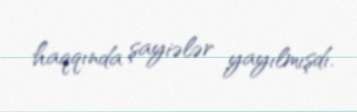
haqqında şayiələr yayılmışdı.